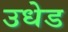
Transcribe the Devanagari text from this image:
उधेड